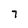
Character: 7